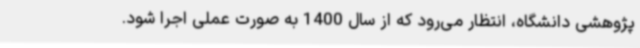
پژوهشی دانشگاه، انتظار می‌رود که از سال 1400 به صورت عملی اجرا شود.